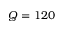
Q = 1 2 0